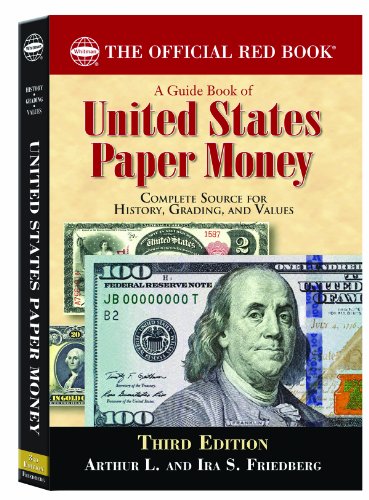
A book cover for A Guide Book of United States Paper Money (Official Red Books); Arthur L. Friedberg; Business & Money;